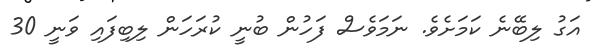
އަގު ލިބޭނެ ކަމަށެވެ. ނަމަވެސް ފަހުން ބުނީ ކުރަހަން ލިބިފައި ވަނީ 30